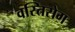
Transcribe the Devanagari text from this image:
वस्तिरोग